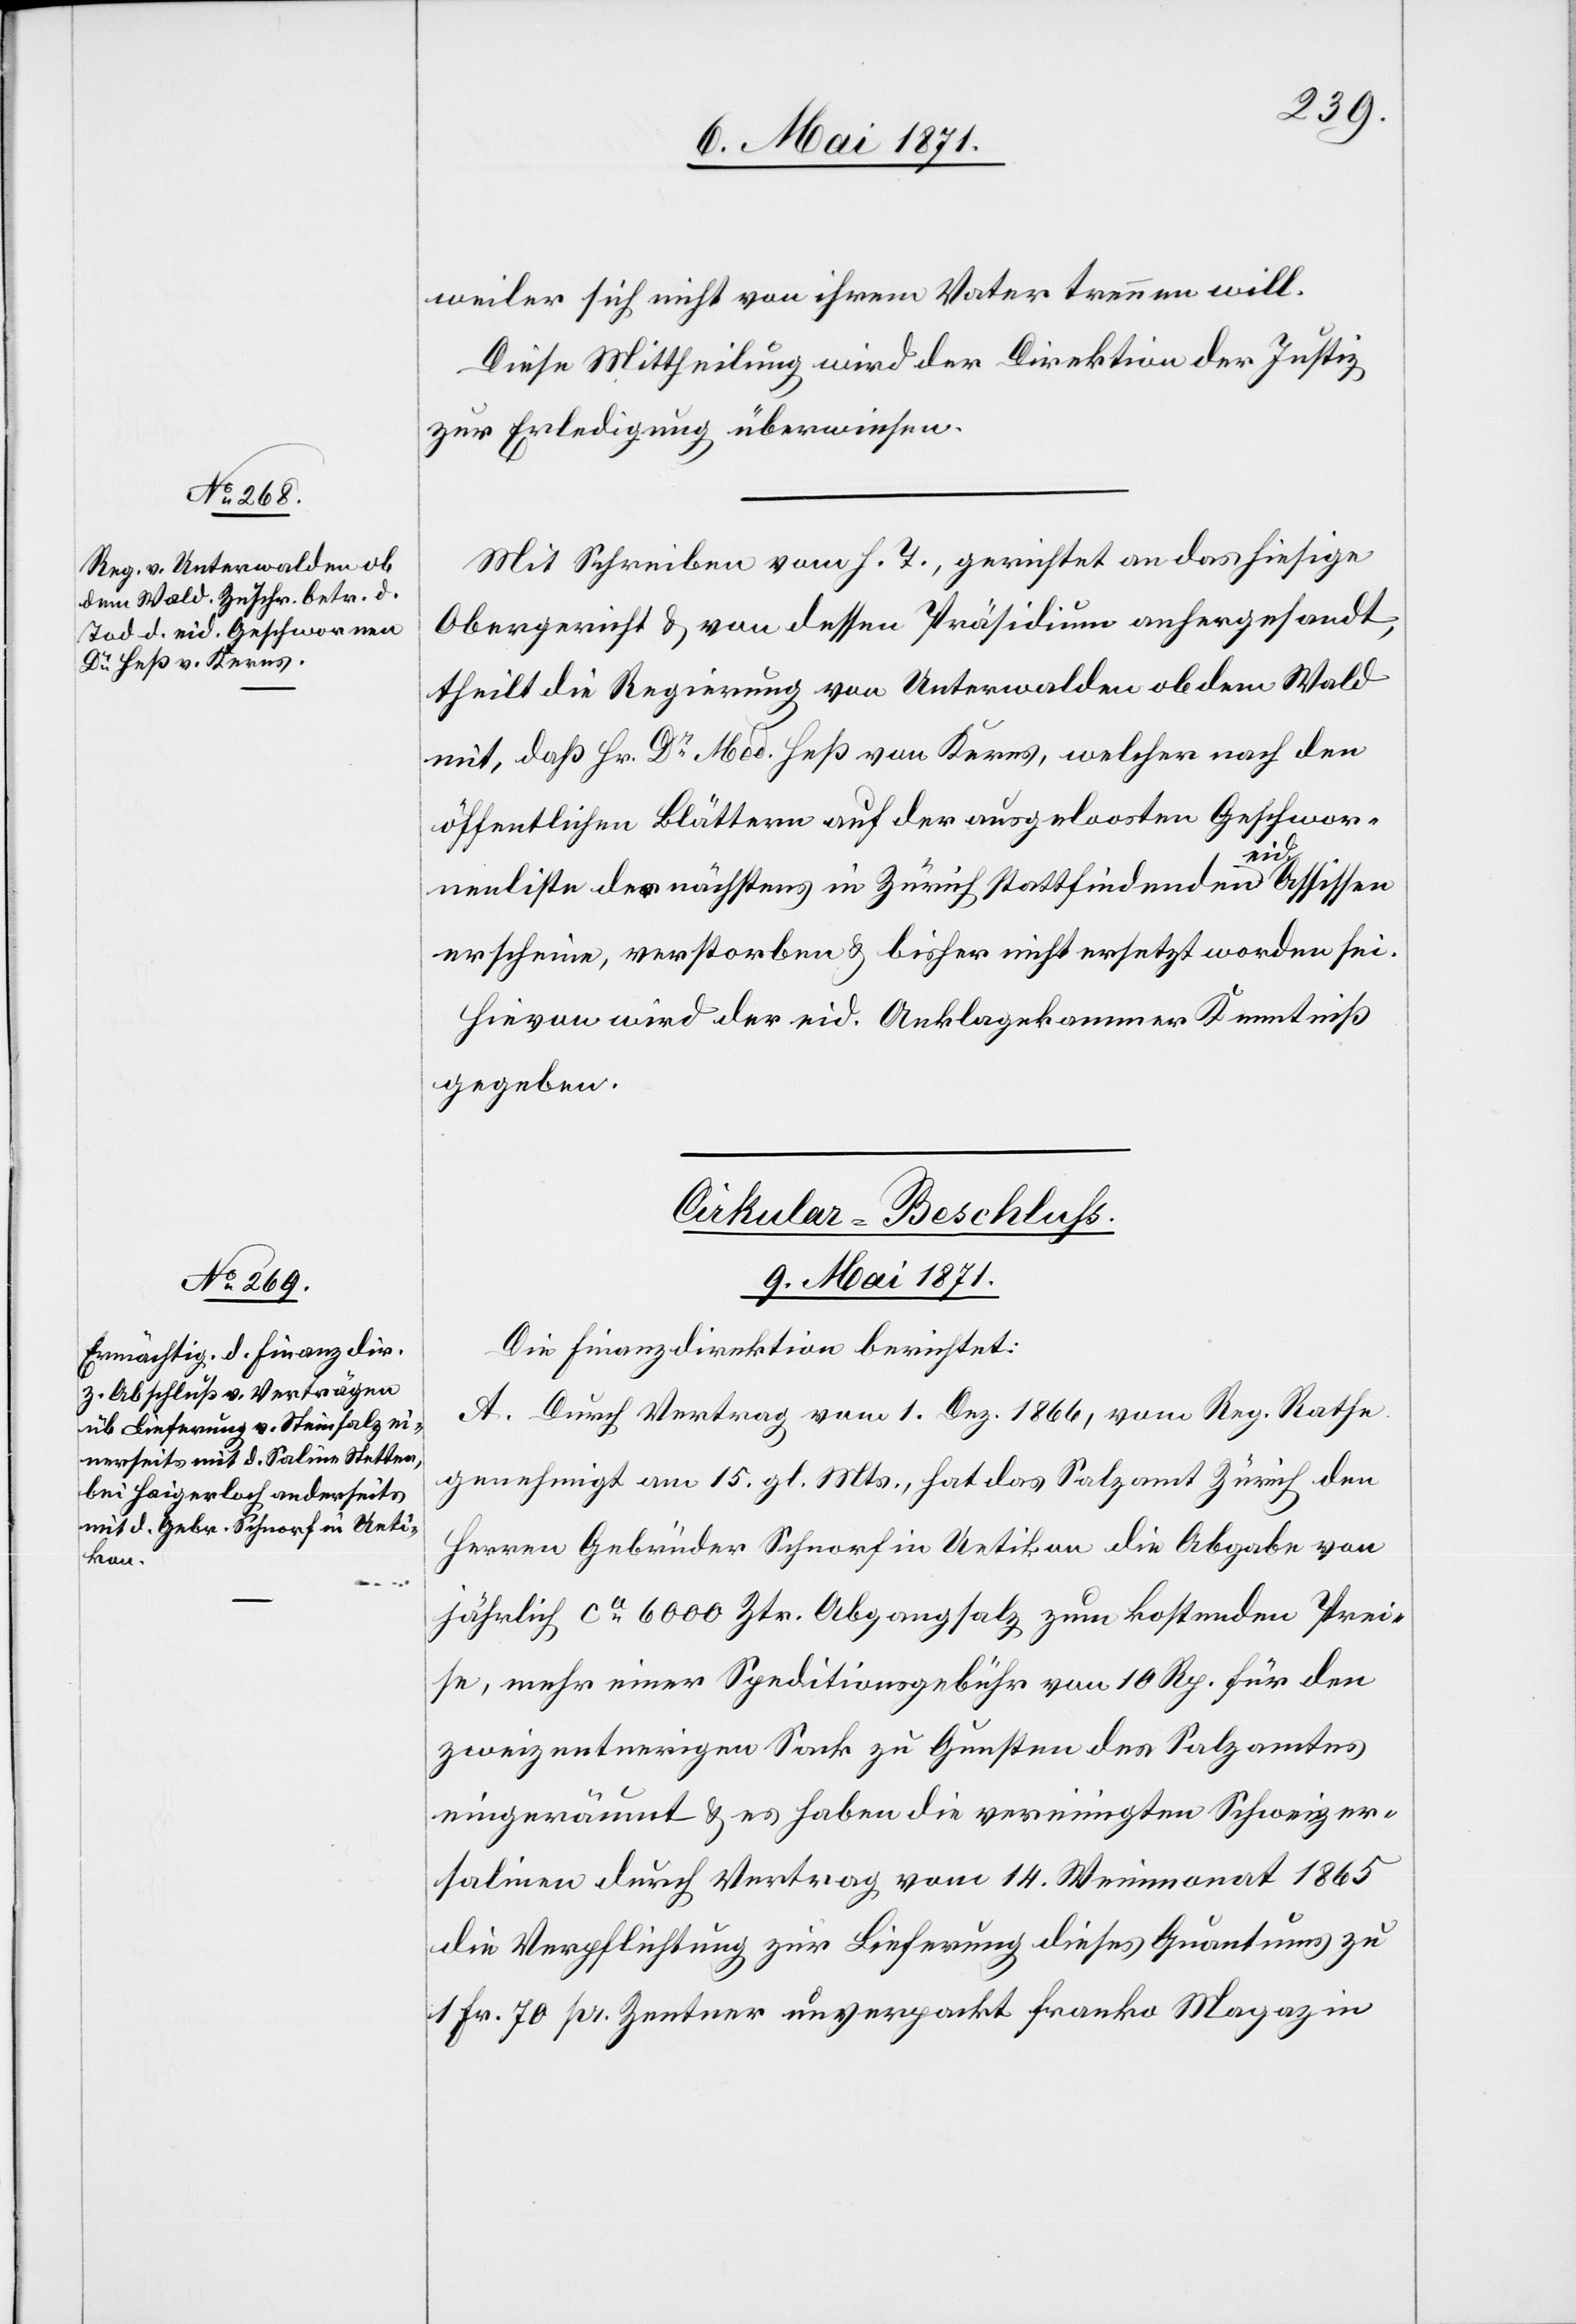
9. Mai 1871.]
weiler sich nicht von ihrem Vater trennen will.
Diese Mittheilung wird der Direktion der Justiz
zur Erledigung überwiesen.
Mit Schreiben vom h. T., gerichtet an das hiesige
Obergericht u. von dessen Präsidium anhergesandt,
theilt die Regierung von Unterwalden ob dem Wald
mit, daß Hr. Dr. Med. Heß von Kerns, welcher nach den
öffentlichen Blättern auf der ausgeloosten Geschwore¬
nenliste der nächstens in Zürich stattfindenden eid. Assissen
erscheine, verstorben u. bisher nicht ersetzt worden sei.
Hievon wird der eid. Anklagekammer Kenntniß
gegeben.
Cirkular-Beschluß
9. Mai 1871.
Die Finanzdirektion berichtet:
A. Durch Vertrag vom 1. Dez. 1866, vom Reg. Rathe
genehmigt am 15. gl. Mts., hat das Salzamt Zürich den
Herren Gebrüder Schnorf in Uetikon die Abgabe von
jährlich ca. 6000 Ztr. Abgangsalz zum kostenden Prei¬
se, mehr einer Speditionsgebühr von 10 Rp. für den
zweizentnerigen Pack zu Gunsten des Salzamtes
eingeräumt u. es haben die vereinigten Schweizer¬
salinen durch Vertrag vom 14. Weinmonat 1865
die Verpflichtung zur Lieferung dieses Quantums zu
1 Fr. 70 pr. Zentner unverpackt franko Magazin